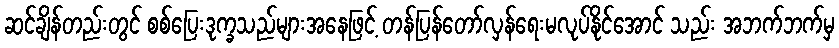
ဆင်ချိန်တည်းတွင် စစ်ပြေးဒုက္ခသည်များအနေဖြင့် တန်ပြန်တော်လှန်ရေးမလုပ်နိုင်အောင် သည်း အဘက်ဘက်မှ